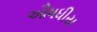
ઔષધીય